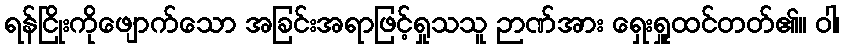
ရန်ငြိုးကိုဖျောက်သော အခြင်းအရာဖြင့်ရှုသသူ ဉာဏ်အား ရှေးရှူထင်တတ်၏။ ဝါ၊